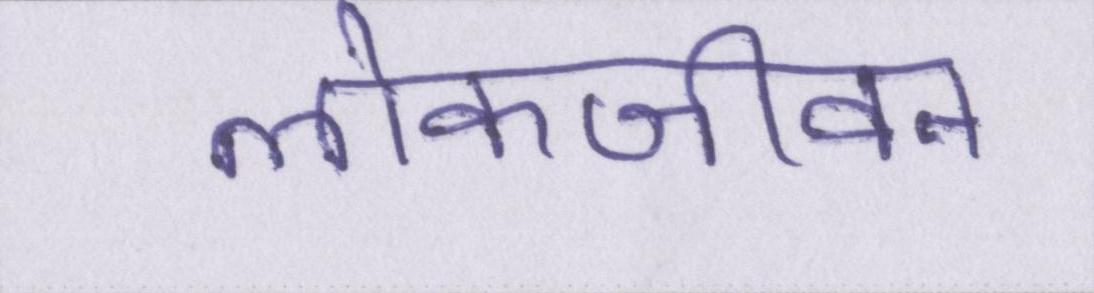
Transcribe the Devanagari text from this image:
लोकजीवन